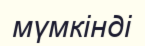
мүмкінді